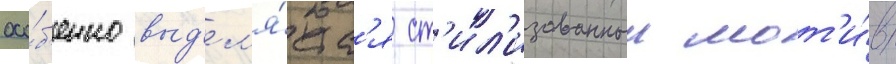
осо́б'енно выд'ел'я́етс'я ст'ил'изованныи мот'и́в